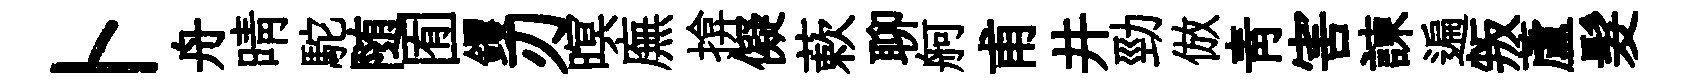
卜舟晴駝随囿钁刃暝廡揜儗蔌聊舸甫井勁倣青害諫遍叛蘆髮